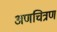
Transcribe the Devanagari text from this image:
अणचित्रण